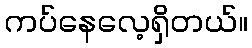
ကပ်နေလေ့ရှိတယ်။